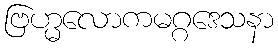
ဗြဟ္မလောကမဂ္ဂဒေသနာ